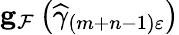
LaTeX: \mathbf{g}_{\mathcal{F}}\left(\widehat{\gamma}_{\left(m+n-1\right)\varepsilon}\right)